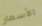
الأسعار